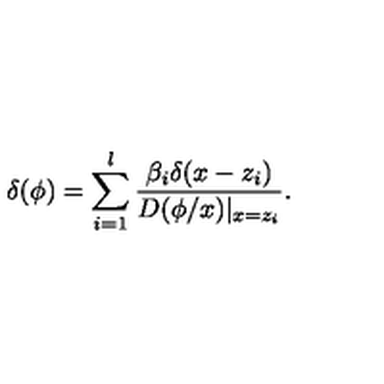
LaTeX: \delta ( \phi ) = \sum _ { i = 1 } ^ { l } \frac { \beta _ { i } \delta ( x - z _ { i } ) } { D ( \phi / x ) | _ { x = z _ { i } } } .